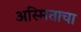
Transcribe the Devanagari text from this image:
अस्मिताचा